Indian journal of veterinary science and animal husbandry - Volume 8,
Year: 1938
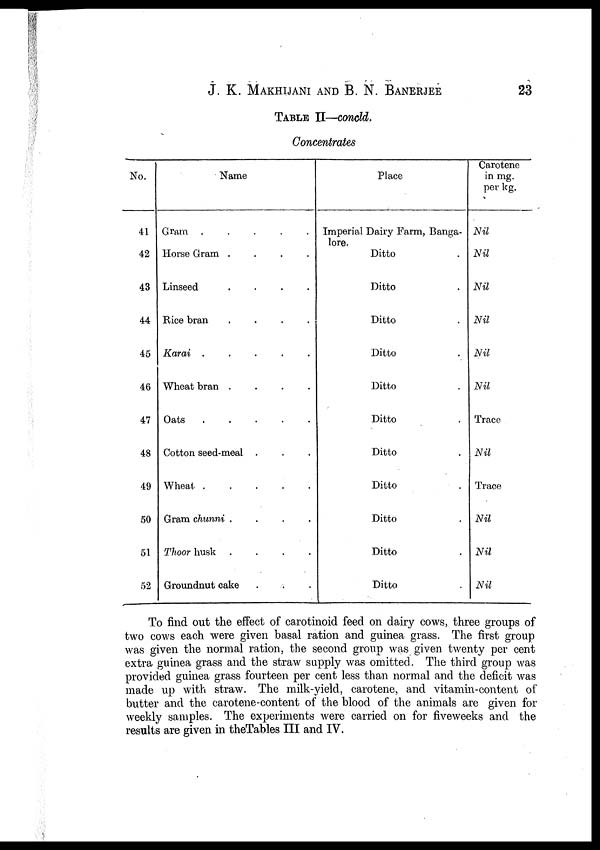
J. K. MAKHIJANI AND B. N.
BANERJEE
23
TABLE II—concld.
Concentrates
No.
41
42
43
44
45
46
47
48
49
50
51
52
Name
Gram .
.
.
.
.
Horse Gram .
.
.
.
Linseed
.
.
.
.
Rice bran
.
.
.
.
Karai .
.
.
.
.
Wheat bran .
.
.
.
Oats . . . . . .
Cotton seed-meal . . .
Wheat . . . . .
Gram chunni .
.
.
.
Thoor husk .
.
.
.
Groundnut cake . . .
Place
Imperial Dairy Farm, Banga-
lore.
Ditto .
Ditto .
Ditto .
Ditto .
Ditto .
Ditto .
Ditto .
Ditto .
Ditto .
Ditto .
Ditto .
Carotene
in mg.
per kg.
Nil
Nil
Nil
Nil
Nil
Nil
Trace
Nil
Trace
Nil
Nil
Nil
To find out the effect of carotinoid feed on dairy cows, three groups of
two cows each were given basal ration and guinea grass. The first group
was given the normal ration, the second group was given twenty per cent
extra guinea grass and the straw supply was omitted. The third group was
provided guinea grass fourteen per cent less than normal and the deficit was
made up with straw. The milk-yield, carotene, and vitamin-content of
butter and the carotene-content of the blood of the animals are given for
weekly samples. The experiments were carried on for fiveweeks and the
results are given in the Tables III and IV.